Cholera in India, 1862 to 1881
Year: 1862
Disease focus: Cholera
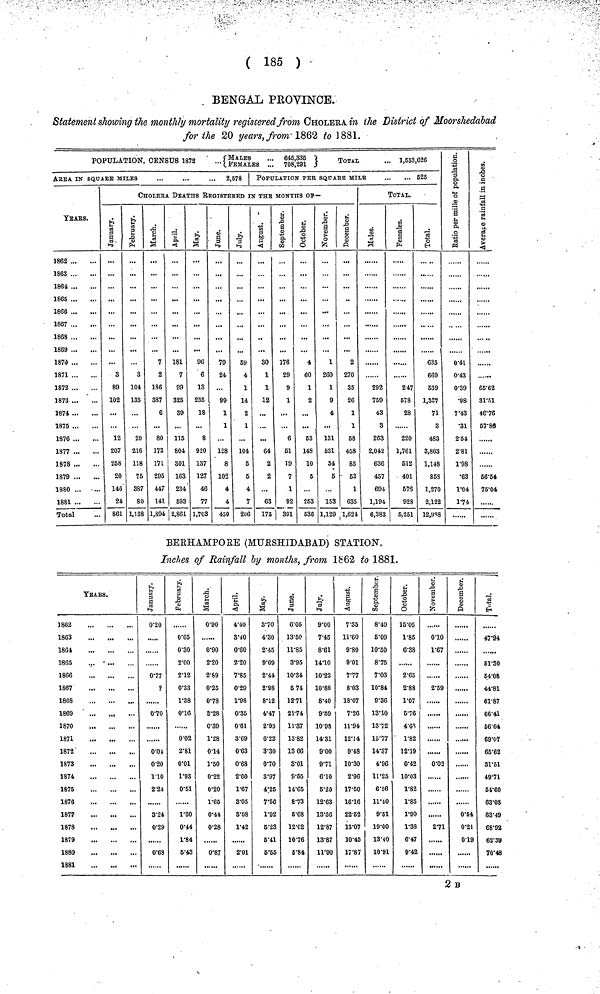
( 185 )
BENGAL PROVINCE.
Statement showing the monthly mortality registered from CHOLERA in the District of Moorshedabad
for the 20 years, from 1862 to 1881.
POPULATION, CENSUS 1872
•••{MALES FEMALES 645,335 708,291 }
ToTAL
'" 1,535,626
ArEA IN SQUARE MILES
...
...
... 2,578
yEArS.
1862
1863
1864
1865
18G6
1867
1868
1869
1870
1871
1872
1873
1874
1875
1876
1877
1878
1879
1880 ...
...
1881
Total
POPULATION PEr SQuArE MILE
525
CHOLERA DEATHS REGISTERED IN THE MONTHS Of—
January.
3
89
102
12
207
258
20
146
24
861
February.
3
104
135
20
216
118
75
387
SO
1,138
7
2
186
387
6
80
172
171
295
447
141
1,894
April.
181
7
99
325
39
115
804
301
163
234
693
1 2,861
96
6
13
255
18
8
920
137
127
46
77
1,703
June.
79
24
...
99
1
1
...
128
8
102
4
4
450
July.
59
4
1
14
2
1
104
5
5
4
7
206
30
1
1
12
...
64
2
2
...
63
175
September.
176
29
9
1
...
6
51
19
7
1
92
| 391
4
60
1
2
...
53
148
10
5
253
536
1
260
1
9
4
131
531
34
5
153
December.
2
270
35
26
1
1
58
458
85
52
1
635
1,129 1,624
TOTAL.
292
759
43
3
263
2,042
636
457
694
1,194
6,383
Females.
247
578
28
220
1,761
512
401
67S
928
6,251
Total.
635
669
539
1,337
71
3
483
3,803
1,148
85S
1,270
2,122
12,938
Ratio per mille of population.
0.41
0.43
0.39
•98
7 .43
•31
2.54
2.81
1.98
•63
1.04
1.74
......
66.62
81.51
46.76
57.86
56.54
75.04
BERHAMPORE (MURSHIDABAD) STATION,
Incites of Rainfall by months, from 1862 to 1881.
YEARS.
1862
1863
1864
1865
1866
1867
1868
1869
1870
1871
1872
1873
1874
1875
1876
1877
1878
1879
1880
1881
January.
0.20
0.77
?
0.70
0.04
0.20
1.10
2.24
3.24
0.29
0.68
Februwary.
0.65
0.30
2.00
2.12
0.33
1.38
0.16
0.02
2.81
0.01
1.93
0.51
1.30
0.44
1.84
5.43
0.90
0.90
2.20
2.89
0.25
0.78
3.28
0.39
1.28
014
1.50
0.22
0.20
1.65
0.44
0.28
0.87
4.40
3.40
0.60
2.20
7.85
0.29
1.98
0.35
0.61
3.69
0.63
0.68
2.60
1.67
3.05
3.08
1.42
2.01
3.70
4.30
2.45
9.09
2.44
2.98
8.12
4.47
2.95
6.22
3.30
0.70
3.97
4.25
7.56
1.92
5.23
5.41
5.55
June.
6.05
13.50
11.85
3.95
10.34
5 74
12.71
21.74
11.37
13.382
13 66
8.01
9.55
14.65
8.73
5.68
12.02
10.76
5.84
July.
9.00
7.45
8.61
14.10
10.22
10.88
8.40
9.59
10.98
14.31
9.00
9.71
6.10
5.20
12.63
13.36
12.87
13.87
11.90
August.
7.35
11.60
9.80
9.01
7.77
8.03
18.07
7.26
11.94
12.14
9.48
10.30
2.96
17.50
16.16
22.52
13.07
10.45
17.87
September.
8.40
5.09
10.50
8.75
7.03
10.84
9.36
13.10
13.72
15.77
14.37
4.96
11.25
6.56
11.40
9.51
19.00
13.40
10.91
15.05
1.85
6.38
2.65
2.88
1.07
5.76
4.68
1.82
12.19
0.42
10.03
1.82
1.85
1.90
1.38
6.47
9.42
November.
010
1.67
2.59
0.02
2.71
0.54
0.21
0.19
TOTAL.
47.94
51.30
54.08
44.81
61.87
66.41
56.64
69.07
65.62
31.51
49.71
54.60
63.03
63.49
68.92
62.38
70.48
2 B